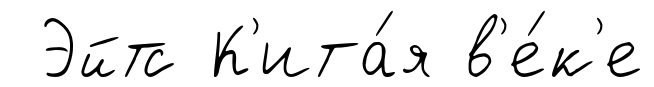
Эйтс К'ита́я в'е́к'е